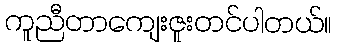
ကူညီတာကျေးဇူးတင်ပါတယ်။